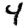
Digit: 4